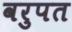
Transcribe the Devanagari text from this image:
वरुपत